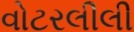
વોટરલીલી